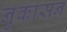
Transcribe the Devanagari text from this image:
नुकासन